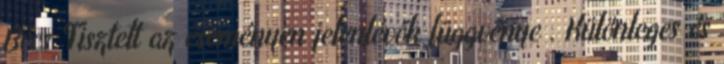
Bécs Tisztelt az eseményen jelenlévők függvénye . Különleges és